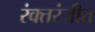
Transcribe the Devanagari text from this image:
रंक्तरंजीत